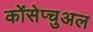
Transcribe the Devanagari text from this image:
कोंसेप्चुअल